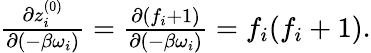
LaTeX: \begin{array}{r}{\frac{\partial z_{i}^{(0)}}{\partial(-\beta\omega_{i})}=\frac{\partial(f_{i}+1)}{\partial(-\beta\omega_{i})}=f_{i}(f_{i}+1).}\end{array}